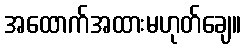
အထောက်အထားမဟုတ်ချေ။